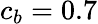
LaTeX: c_{b}=0.7